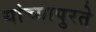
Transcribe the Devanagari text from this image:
यांच्यापुरते